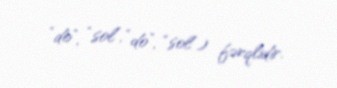
“do”, “sol”, “do”, “sol”) fərqlidir.